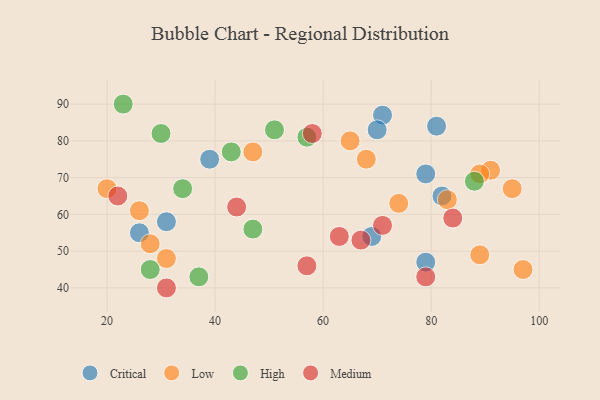
{"axis": {"x": "GDP", "y": "Life Expectancy"}, "legend": ["Critical", "High", "Low", "Medium"], "data": [{"x": "71", "y": 87, "type": "Critical"}, {"x": "79", "y": 71, "type": "Critical"}, {"x": "81", "y": 84, "type": "Critical"}, {"x": "26", "y": 55, "type": "Critical"}, {"x": "69", "y": 54, "type": "Critical"}, {"x": "70", "y": 83, "type": "Critical"}, {"x": "39", "y": 75, "type": "Critical"}, {"x": "79", "y": 47, "type": "Critical"}, {"x": "82", "y": 65, "type": "Critical"}, {"x": "31", "y": 58, "type": "Critical"}, {"x": "31", "y": 48, "type": "Low"}, {"x": "68", "y": 75, "type": "Low"}, {"x": "20", "y": 67, "type": "Low"}, {"x": "83", "y": 64, "type": "Low"}, {"x": "28", "y": 52, "type": "Low"}, {"x": "74", "y": 63, "type": "Low"}, {"x": "89", "y": 49, "type": "Low"}, {"x": "91", "y": 72, "type": "Low"}, {"x": "97", "y": 45, "type": "Low"}, {"x": "89", "y": 71, "type": "Low"}, {"x": "65", "y": 80, "type": "Low"}, {"x": "26", "y": 61, "type": "Low"}, {"x": "47", "y": 77, "type": "Low"}, {"x": "95", "y": 67, "type": "Low"}, {"x": "88", "y": 69, "type": "High"}, {"x": "23", "y": 90, "type": "High"}, {"x": "57", "y": 81, "type": "High"}, {"x": "34", "y": 67, "type": "High"}, {"x": "47", "y": 56, "type": "High"}, {"x": "43", "y": 77, "type": "High"}, {"x": "28", "y": 45, "type": "High"}, {"x": "51", "y": 83, "type": "High"}, {"x": "37", "y": 43, "type": "High"}, {"x": "30", "y": 82, "type": "High"}, {"x": "63", "y": 54, "type": "Medium"}, {"x": "44", "y": 62, "type": "Medium"}, {"x": "84", "y": 59, "type": "Medium"}, {"x": "79", "y": 43, "type": "Medium"}, {"x": "67", "y": 53, "type": "Medium"}, {"x": "58", "y": 82, "type": "Medium"}, {"x": "71", "y": 57, "type": "Medium"}, {"x": "31", "y": 40, "type": "Medium"}, {"x": "57", "y": 46, "type": "Medium"}, {"x": "22", "y": 65, "type": "Medium"}]}